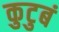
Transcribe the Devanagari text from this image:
कुटुबं